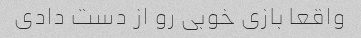
واقعا بازی خوبی رو از دست دادی